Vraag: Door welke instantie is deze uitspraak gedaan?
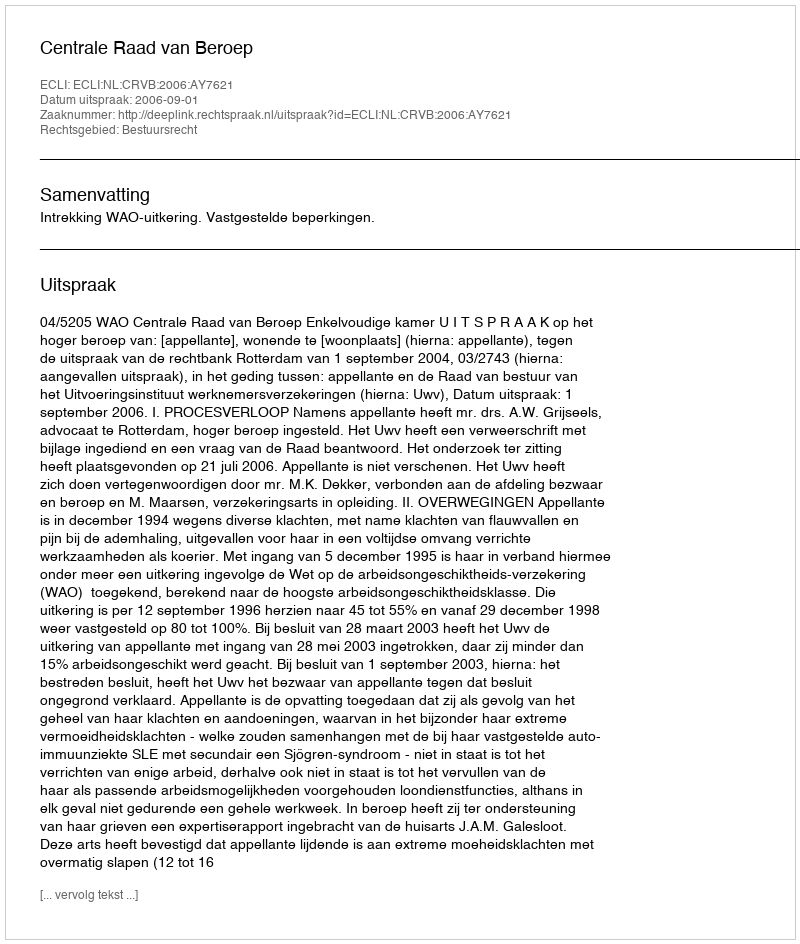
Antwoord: Centrale Raad van Beroep